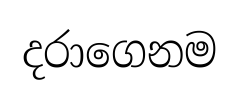
දරාගෙනම